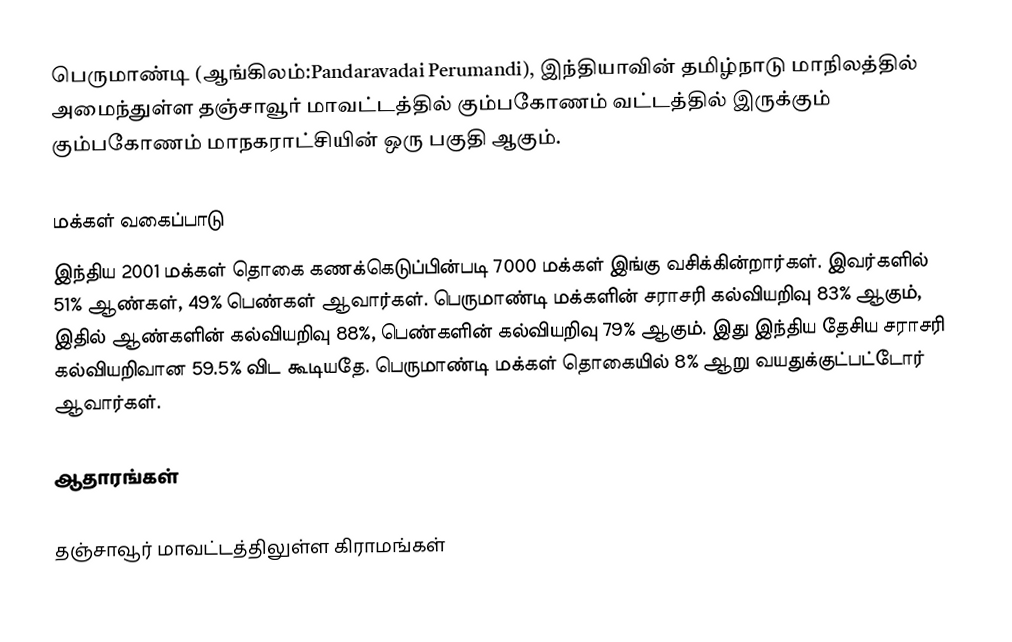
பெருமாண்டி (ஆங்கிலம்:Pandaravadai Perumandi), இந்தியாவின் தமிழ்நாடு மாநிலத்தில் அமைந்துள்ள தஞ்சாவூர் மாவட்டத்தில்  கும்பகோணம் வட்டத்தில் இருக்கும் கும்பகோணம் மாநகராட்சியின் ஒரு பகுதி ஆகும்.

மக்கள் வகைப்பாடு
இந்திய 2001 மக்கள் தொகை கணக்கெடுப்பின்படி 7000 மக்கள் இங்கு வசிக்கின்றார்கள். இவர்களில் 51% ஆண்கள், 49% பெண்கள் ஆவார்கள். பெருமாண்டி மக்களின் சராசரி கல்வியறிவு 83% ஆகும்,  இதில் ஆண்களின் கல்வியறிவு 88%,  பெண்களின் கல்வியறிவு 79% ஆகும். இது இந்திய தேசிய சராசரி கல்வியறிவான 59.5% விட கூடியதே. பெருமாண்டி மக்கள் தொகையில் 8%  ஆறு வயதுக்குட்பட்டோர் ஆவார்கள்.

ஆதாரங்கள்

தஞ்சாவூர் மாவட்டத்திலுள்ள கிராமங்கள்